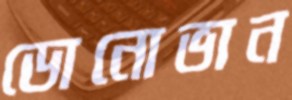
ডোনোভান